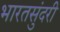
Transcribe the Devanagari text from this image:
भारतसुंदरी